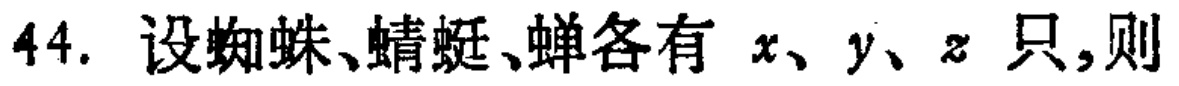
44. 设蜘蛛、蜻蜓、蝉各有 \(x、y、z\) 只,则